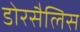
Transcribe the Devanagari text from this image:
डोरसैलिस